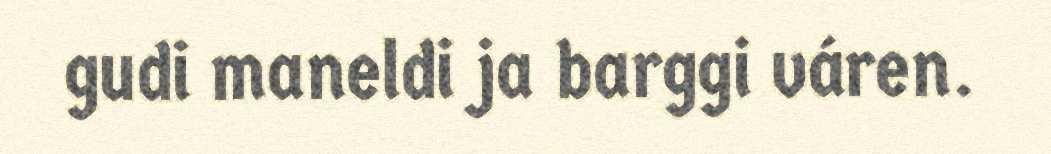
gudi maneldi ja barggi váren.